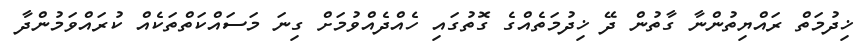
ޚިދުމަތް ރައްޔިތުންނާ ގާތުން ދޭ ޚިދުމަތެއްގެ ގޮތުގައި ހެއްދެއްވުމަށް ގިނަ މަސައްކަތްތަކެއް ކުރައްވަމުންދާ